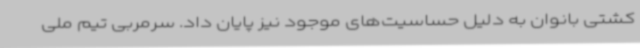
کشتی بانوان به دلیل حساسیت‌های موجود نیز پایان داد. سرمربی تیم ملی